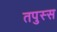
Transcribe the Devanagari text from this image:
तपुस्स